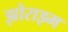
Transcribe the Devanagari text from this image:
झोराझ्म